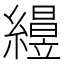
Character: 𥫅